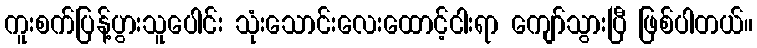
ကူးစက်ပြန့်ပွားသူပေါင်း သုံးသောင်းလေးထောင့်ငါးရာ ကျော်သွားပြီ ဖြစ်ပါတယ်။